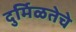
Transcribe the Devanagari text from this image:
दुर्मिळतेचे